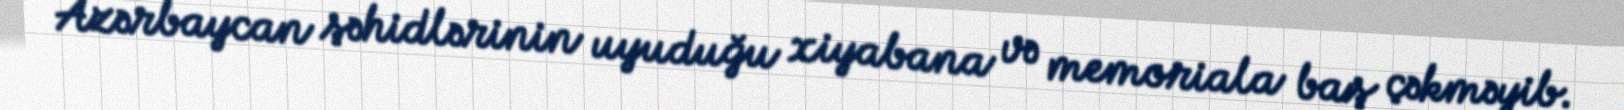
Azərbaycan şəhidlərinin uyuduğu xiyabana və memoriala baş çəkməyib.